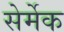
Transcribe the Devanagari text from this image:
सेर्मेक